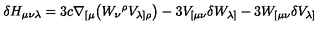
\delta H _ { \mu \nu \lambda } = 3 c \nabla _ { [ \mu } \bigl ( W _ { \nu } { } ^ { \rho } V _ { \lambda ] \rho } \bigr ) - 3 V _ { [ \mu \nu } \delta W _ { \lambda ] } - 3 W _ { [ \mu \nu } \delta V _ { \lambda ] }